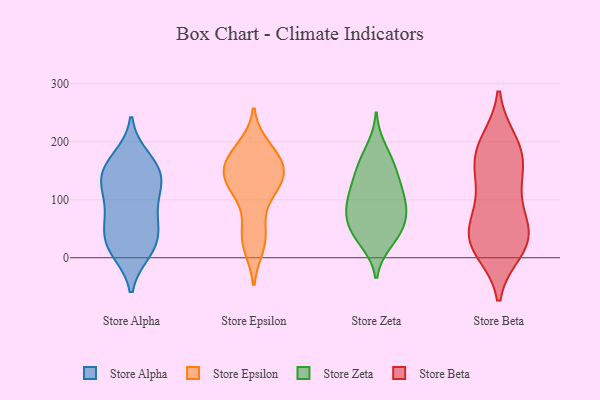
{"axis": {"x": "Demand Index", "y": "Value"}, "legend": ["Store Alpha", "Store Beta", "Store Epsilon", "Store Zeta"], "data": [{"x": "", "y": 20, "type": "Store Alpha"}, {"x": "", "y": 11, "type": "Store Alpha"}, {"x": "", "y": 101, "type": "Store Alpha"}, {"x": "", "y": 163, "type": "Store Alpha"}, {"x": "", "y": 149, "type": "Store Alpha"}, {"x": "", "y": 57, "type": "Store Alpha"}, {"x": "", "y": 110, "type": "Store Alpha"}, {"x": "", "y": 18, "type": "Store Alpha"}, {"x": "", "y": 172, "type": "Store Alpha"}, {"x": "", "y": 143, "type": "Store Alpha"}, {"x": "", "y": 64, "type": "Store Alpha"}, {"x": "", "y": 26, "type": "Store Alpha"}, {"x": "", "y": 128, "type": "Store Alpha"}, {"x": "", "y": 65, "type": "Store Alpha"}, {"x": "", "y": 139, "type": "Store Alpha"}, {"x": "", "y": 162, "type": "Store Epsilon"}, {"x": "", "y": 36, "type": "Store Epsilon"}, {"x": "", "y": 125, "type": "Store Epsilon"}, {"x": "", "y": 126, "type": "Store Epsilon"}, {"x": "", "y": 61, "type": "Store Epsilon"}, {"x": "", "y": 167, "type": "Store Epsilon"}, {"x": "", "y": 180, "type": "Store Epsilon"}, {"x": "", "y": 26, "type": "Store Epsilon"}, {"x": "", "y": 143, "type": "Store Epsilon"}, {"x": "", "y": 175, "type": "Store Epsilon"}, {"x": "", "y": 190, "type": "Store Epsilon"}, {"x": "", "y": 158, "type": "Store Epsilon"}, {"x": "", "y": 125, "type": "Store Epsilon"}, {"x": "", "y": 135, "type": "Store Epsilon"}, {"x": "", "y": 21, "type": "Store Epsilon"}, {"x": "", "y": 118, "type": "Store Epsilon"}, {"x": "", "y": 78, "type": "Store Zeta"}, {"x": "", "y": 43, "type": "Store Zeta"}, {"x": "", "y": 88, "type": "Store Zeta"}, {"x": "", "y": 190, "type": "Store Zeta"}, {"x": "", "y": 59, "type": "Store Zeta"}, {"x": "", "y": 30, "type": "Store Zeta"}, {"x": "", "y": 68, "type": "Store Zeta"}, {"x": "", "y": 113, "type": "Store Zeta"}, {"x": "", "y": 107, "type": "Store Zeta"}, {"x": "", "y": 103, "type": "Store Zeta"}, {"x": "", "y": 153, "type": "Store Zeta"}, {"x": "", "y": 166, "type": "Store Zeta"}, {"x": "", "y": 151, "type": "Store Zeta"}, {"x": "", "y": 26, "type": "Store Zeta"}, {"x": "", "y": 125, "type": "Store Zeta"}, {"x": "", "y": 61, "type": "Store Zeta"}, {"x": "", "y": 146, "type": "Store Beta"}, {"x": "", "y": 43, "type": "Store Beta"}, {"x": "", "y": 42, "type": "Store Beta"}, {"x": "", "y": 99, "type": "Store Beta"}, {"x": "", "y": 197, "type": "Store Beta"}, {"x": "", "y": 100, "type": "Store Beta"}, {"x": "", "y": 20, "type": "Store Beta"}, {"x": "", "y": 161, "type": "Store Beta"}, {"x": "", "y": 184, "type": "Store Beta"}, {"x": "", "y": 42, "type": "Store Beta"}, {"x": "", "y": 17, "type": "Store Beta"}, {"x": "", "y": 200, "type": "Store Beta"}, {"x": "", "y": 48, "type": "Store Beta"}, {"x": "", "y": 13, "type": "Store Beta"}, {"x": "", "y": 158, "type": "Store Beta"}]}